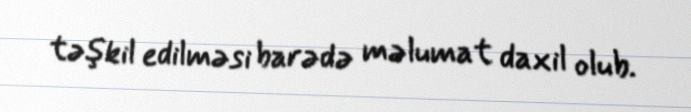
təşkil edilməsi barədə məlumat daxil olub.